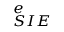
_ { S I E } ^ { e }